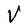
Character: V